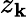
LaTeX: z_{\mathbf{k}}